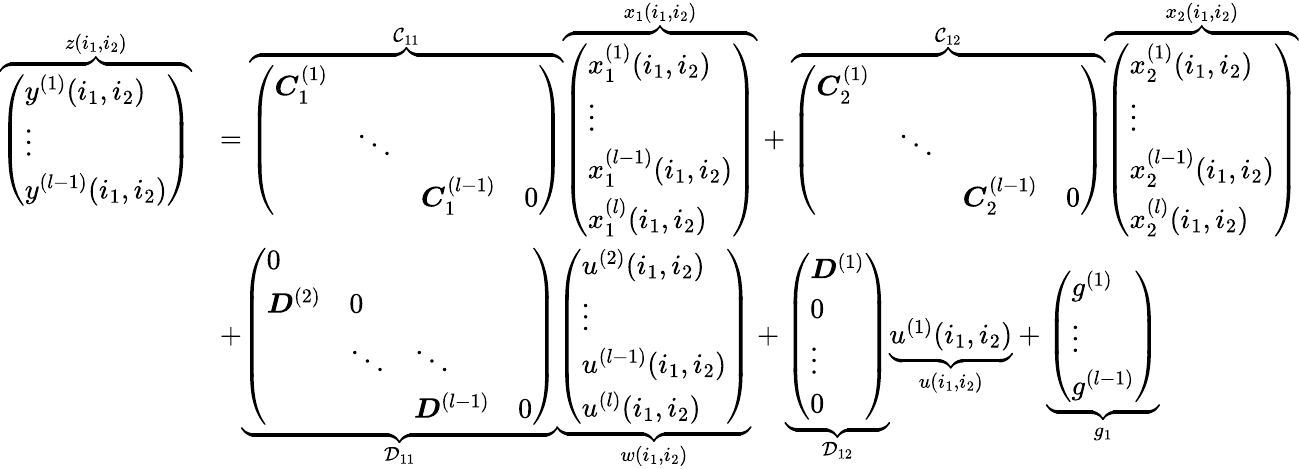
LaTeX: \begin{array}{rl}{\overbrace{\left(\begin{array}{l}{y^{(1)}(i_{1},i_{2})}\\ {\vdots}\\ {y^{(l-1)}(i_{1},i_{2})}\end{array}\right)}^{z(i_{1},i_{2})}}&{=\overbrace{\left(\begin{array}{llll}{\boldsymbol{C}_{1}^{(1)}}&&&\\ &{\ddots}&&\\ &&{\boldsymbol{C}_{1}^{(l-1)}}&{0}\end{array}\right)}^{\mathcal{C}_{11}}\overbrace{\left(\begin{array}{l}{x_{1}^{(1)}(i_{1},i_{2})}\\ {\vdots}\\ {x_{1}^{(l-1)}(i_{1},i_{2})}\\ {x_{1}^{(l)}(i_{1},i_{2})}\end{array}\right)}^{x_{1}(i_{1},i_{2})}+\overbrace{\left(\begin{array}{llll}{\boldsymbol{C}_{2}^{(1)}}&&&\\ &{\ddots}&&\\ &&{\boldsymbol{C}_{2}^{(l-1)}}&{0}\end{array}\right)}^{\mathcal{C}_{12}}\overbrace{\left(\begin{array}{l}{x_{2}^{(1)}(i_{1},i_{2})}\\ {\vdots}\\ {x_{2}^{(l-1)}(i_{1},i_{2})}\\ {x_{2}^{(l)}(i_{1},i_{2})}\end{array}\right)}^{x_{2}(i_{1},i_{2})}}\\ &{+\underbrace{\left(\begin{array}{llll}{0}&&&\\ {\boldsymbol{D}^{(2)}}&{0}&\\ &{\ddots}&{\ddots}&\\ &&{\boldsymbol{D}^{(l-1)}}&{0}\end{array}\right)}_{\mathcal{D}_{11}}\underbrace{\left(\begin{array}{l}{u^{(2)}(i_{1},i_{2})}\\ {\vdots}\\ {u^{(l-1)}(i_{1},i_{2})}\\ {u^{(l)}(i_{1},i_{2})}\end{array}\right)}_{w(i_{1},i_{2})}+\underbrace{\left(\begin{array}{l}{\boldsymbol{D}^{(1)}}\\ {0}\\ {\vdots}\\ {0}\end{array}\right)}_{\mathcal{D}_{12}}\underbrace{u^{(1)}(i_{1},i_{2})}_{u(i_{1},i_{2})}+\underbrace{\left(\begin{array}{l}{g^{(1)}}\\ {\vdots}\\ {g^{(l-1)}}\end{array}\right)}_{g_{1}}}\end{array}